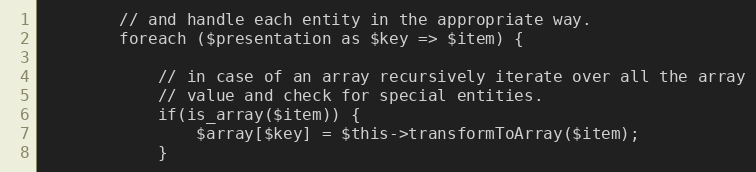
Language: PHP
        // and handle each entity in the appropriate way.
        foreach ($presentation as $key => $item) {

            // in case of an array recursively iterate over all the array
            // value and check for special entities.
            if(is_array($item)) {
                $array[$key] = $this->transformToArray($item);
            }